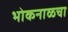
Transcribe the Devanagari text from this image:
भोकनाळचा